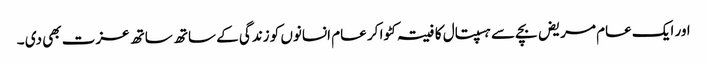
اور ایک عام مریض بچے سے ہسپتال کا فیتہ کٹوا کر عام انسانوں کو زندگی کے ساتھ ساتھ عزت بھی دی ۔